Report on lock hospitals in British Burma
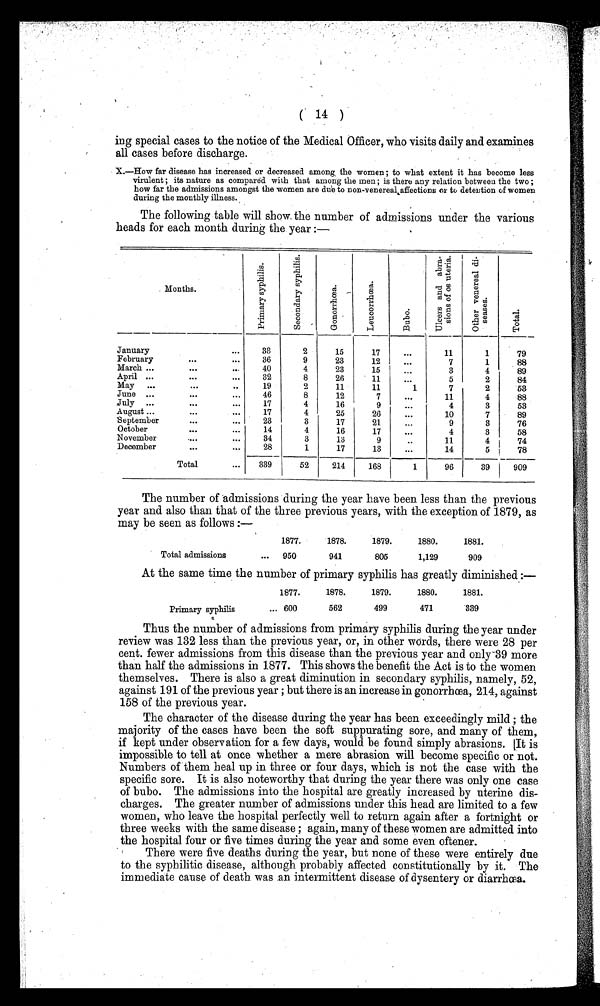
( 14 )
ing special cases to the notice of the Medical Officer, who visits daily and examines
all cases before discharge.
X.—How far disease has increased or decreased among, the women ; to what extent it has become less
virulent ; its nature as compared with that among the men; is there any relation between the two ;
how far the admissions amongst the women are due to non-venereal affections or to detention of women
during the monthly illness.
The following table will show. the number of admissions under the various
heads for each month during the year :—
Months.
P r i m a r y s y p h i l l s .
S e c o n d a r y s y p h i l i s .
G o n o r r h œ a
L e u c o r r h œ a S
B u b o .
U l c e r s a n d a b r a s i o n s o f o s u t e r i a .
O t h e r v e n e r e a l d i s e a s e s .
T o t a l .
January
...
33
2
15
17
. . .
11
1
79
February
. . .
...
36
9
23
12
...
7
1
88
March ...
. . .
40
4
23
15
...
3
4
89
April ...
...
...
32
8
26
11
...
5
2
84
May
...
...
..
19
2
11
11
1
7
2
53
June ...
...
...
46
8
12
7
...
11
4
88
July ...
...
...
17
4
16
9
...
4
3
53
August ...
...
17
4
25
26
...
10
7
89
'September
...
...
23
3
17
21
9
3
76
October
. . .
...
14
4
16
17
...
4
3
58
November
....
...
34
3
13
9
11
4
74
December
. . .
...
28
1
17
13
...
14
5
78
Total
...
339
52
214
168
1
96
39
909
The number of 'admissions during the year have been less than the previous
year and also than that of the three previous years, with the exception of 1879, as
may be seen as follows :—
1877.
1878.
1879.
1880.
1881.
Total admissions
...
950
941
805
1,129
909
At the same time the number of primary syphilis has greatly diminished :—
1877.
1878.
1879.
1880.
1881.
Primary syphilis
... 600
562
499
471
339
Thus the number of admissions from primary syphilis during the year under
review was 132 less than the previous year, or, in other words, there were 28 per
cent. fewer admissions from this disease than the previous year and only-39 more
than half the admissions in 1877. This shows the benefit the Act is to the women
themselves. There is also a great diminution in secondary syphilis, namely, 52,
against 191 of the previous year ; but there is an increase in gonorrhoea, 214, against
158 of the previous year.
The character of the disease during the year has been exceedingly mild ; the
majority of the cases have been the soft suppurating sore, and many of them,
if kept under observation for a few days, would be found simply abrasions. It is
impossible to tell at once whether a mere abrasion will become specific or not.
Numbers of them heal up in three or four days, which is not the case with the
specific sore. It is also noteworthy that during the year there was only one case
of bubo. The admissions into the hospital are greatly increased by uterine dis
charges. The greater number of admissions under this head. are limited to a few
women, who leave the hospital perfectly well to return again after a fortnight or
three weeks with the same disease ; again, many of these women are admitted into
the hospital four or five times during the year and some even oftener.
There were five deaths during the year, but none of these were entirely due
to the syphilitic disease, although probably affected constitutionally by it. The
immediate cause of death was an intermittent disease of dysentery or diarrhœa.